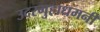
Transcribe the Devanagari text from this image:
उदरगुहाधमनी